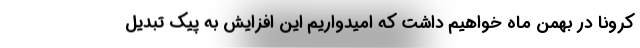
کرونا در بهمن ماه خواهیم داشت که امیدواریم این افزایش به پیک تبدیل